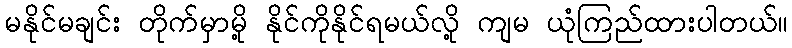
မနိုင်မချင်း တိုက်မှာမို့ နိုင်ကိုနိုင်ရမယ်လို့ ကျမ ယုံကြည်ထားပါတယ်။